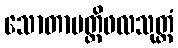
သောတာပတ္တိဖလသုတ္တံ